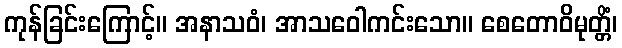
ကုန်ခြင်းကြောင့်။ အနာသဝံ၊ အာသဝေါကင်းသော။ စေတောဝိမုတ္တိံ၊